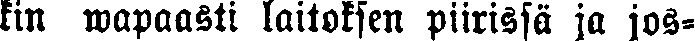
kin wapaasti laitoksen piirissä ja jos-